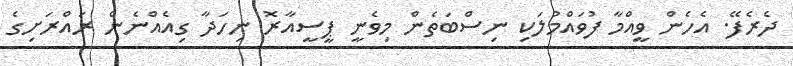
ދެރެފޭ. އެހެން ވީއްމާ ފުވައްމުލަކި ނިސްބަތެން މިވެނީ ޕީސީއާރޮ ނިހަދާ ގިއެއްނެން ރައްރަށިގެ